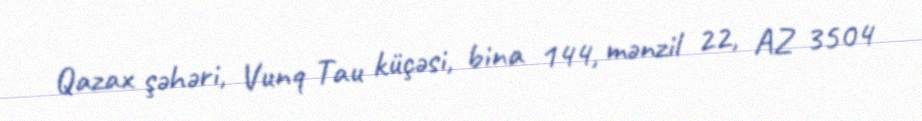
Qazax şəhəri, Vunq Tau küçəsi, bina 144, mənzil 22, AZ 3504